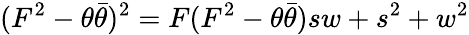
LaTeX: (F^{2}-\theta\bar{\theta})^{2}=F(F^{2}-\theta\bar{\theta})sw+s^{2}+w^{2}